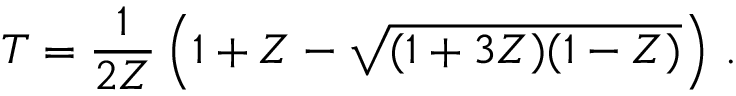
T = \frac { 1 } { 2 Z } \left( 1 + Z - \sqrt { ( 1 + 3 Z ) ( 1 - Z ) } \right) \, .